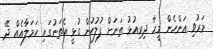
މަރުވި އަންހެން މީހާ ދިރިއުޅު ތަނަށް ފުލުހުން ގުޅީ އެތަނުގައި ހަމަލާއެއް ދޭ